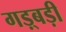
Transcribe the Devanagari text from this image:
गड़्बड़ी